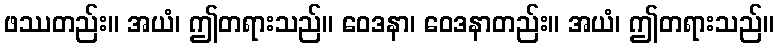
ဖဿတည်း။ အယံ၊ ဤတရားသည်။ ဝေဒနာ၊ ဝေဒနာတည်း။ အယံ၊ ဤတရားသည်။